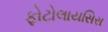
ફોટોલાયસિસ